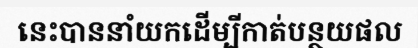
នេះបាននាំយកដើម្បីកាត់បន្ថយផល